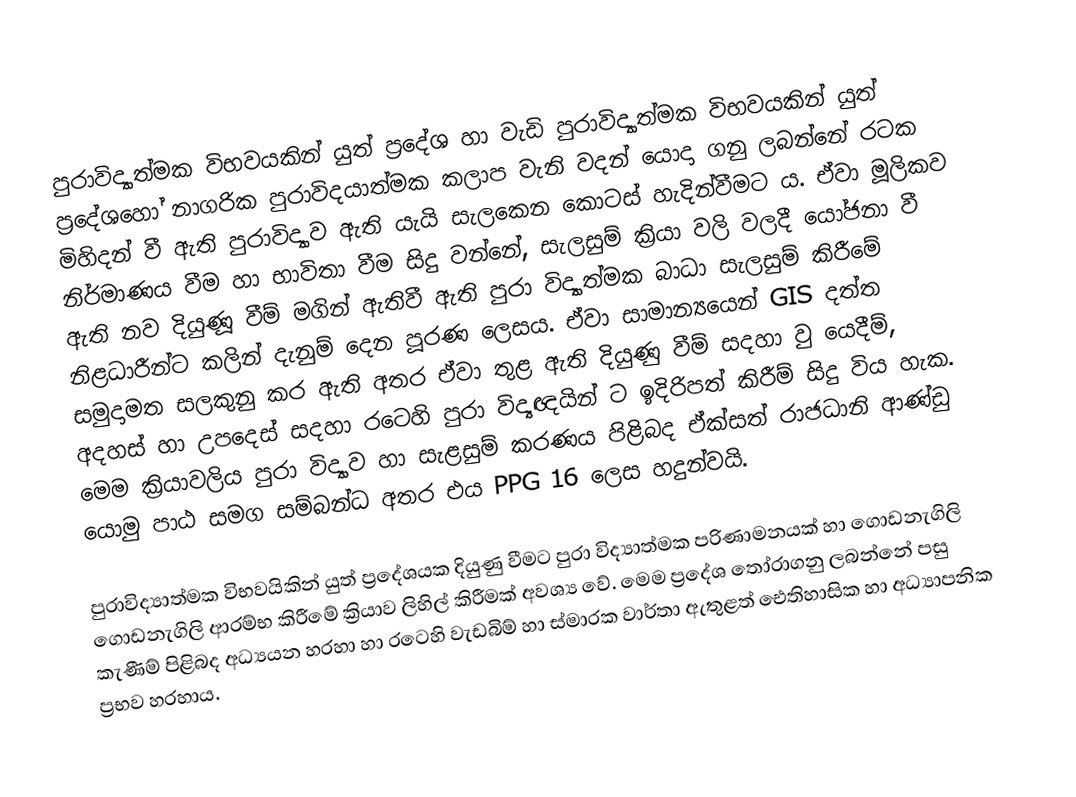
පුරාවිද්‍යාත්මක විභවයකින් යුත් ප්‍රදේශ හා වැඩි පුරාවිද්‍යාත්මක විභවයකින් යුත් ප්‍රදේශ‍හෝ නාගරික පුරාවිදයාත්මක කලාප වැනි වදන් යොදා ගනු ලබන්නේ රටක මිහිදන් වී ඇති පුරාවිද්‍යාව ඇති යැයි සැලකෙන කොටස් හැදින්වීමට ය. ඒවා මූලිකව නිර්මාණය වීම හා භාවිතා වීම සිදු වන්නේ, සැලසුම් ක්‍රියා වලි වලදී යෝජනා වී ඇති නව දියුණූ වීම් මගින් ඇතිවී ඇති පුරා විද්‍යාත්මක බාධා සැලසුම් කිරීමේ නිළධාරීන්ට කලින් දැනුම් දෙන පූරණ ලෙසය. ඒවා සාමාන්‍යයෙන් GIS දත්ත සමුදාමත සලකුනු කර ඇති අතර ඒවා තුළ ඇති දියුණු වීම් සදහා වු යෙදීම්, අදහස් හා උපදෙස් සදහා රටෙහි පුරා විද්‍යඥයින් ට ඉදිරිපත් කිරීම් සිදු විය හැක. මෙම ක්‍රියාවලිය පුරා විද්‍යාව හා සැළසුම් කරණය පිළිබද  ඒක්සත් රාජධානි ආණ්ඩු යොමු පාඨ සමග සම්බන්ධ අතර එය PPG 16 ලෙස හදුන්වයි.

පුරාවිද්‍යාත්මක විභවයිකින් යුත් ප්‍රදේශයක දියුණු වීමට පුරා විද්‍යාත්මක පරිණාමනයක් හා ගොඩනැගිලි ගොඩනැගිලි ආරම්භ කිරීමේ ක්‍රියාව ලිහිල් කිරීමක් අවශ්‍ය වේ. මෙම ප්‍රදේශ තෝරාගනු ලබන්නේ පසු කැණීම් පිළිබද අධ්‍යයන හරහා හා රටෙහි වැඩබිම් හා ස්මාරක වාර්තා ඇතුළත් ඓතිහාසික හා අධ්‍යාපනික ප්‍රභව හරහාය.